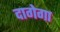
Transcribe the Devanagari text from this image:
दागेगा